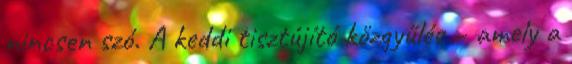
nincsen szó. A keddi tisztújító közgyűlés – amely a